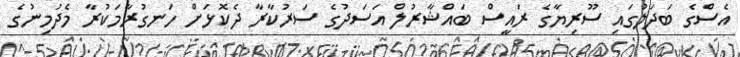
އެސްގެ ބަދަލުގައި ސޫރިޔާގެ ރައީސް ބައްޝާރުލް އަސަދުގެ ސަރުކާރާ ދެކޮޅަށް ހަނގުރާމަކުރާ މެދުމިނުގެ